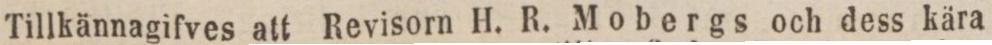
Tillkännagifves att Revisorn H. R. Mobergs och dess kära